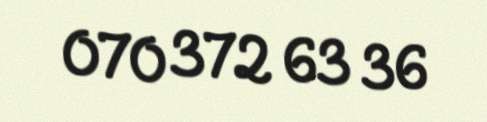
070 372 63 36